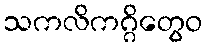
သကလိကဂ္ဂိတွေဝ